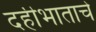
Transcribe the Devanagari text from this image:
दहीभाताचे